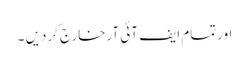
اورتمام ایف آئی آرخارج کردیں ۔